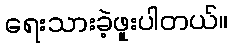
ရေးသားခဲ့ဖူးပါတယ်။